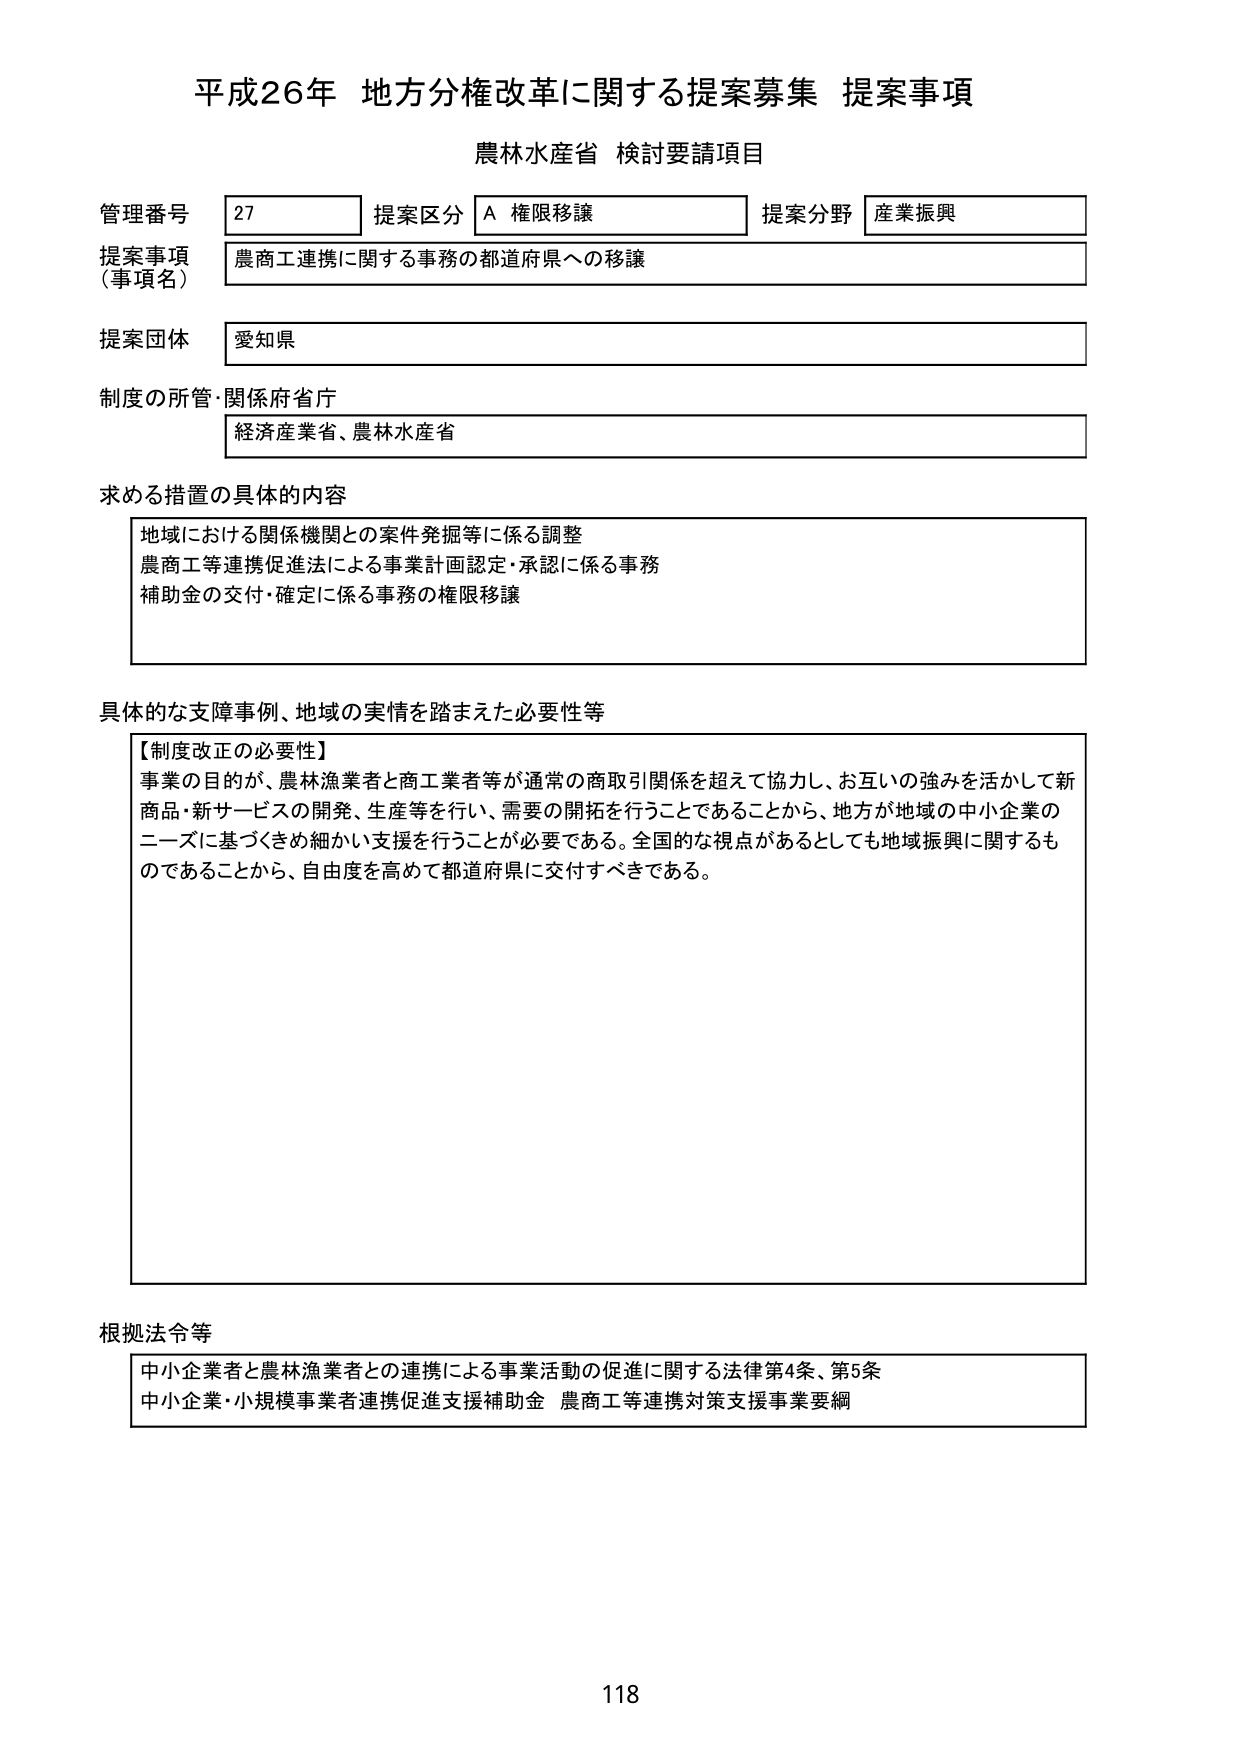
平成26年 地方分権改革に関する提案募集 提案事項
農林水産省 検討要請項目

管理番号 27 提案区分 A 権限移譲 提案分野 産業振興
提案事項（事項名） 農商工連携に関する事務の都道府県への移譲
提案団体 愛知県
制度の所管・関係府省庁 経済産業省、農林水産省

求める措置の具体的な内容
地域における関係機関との案件発掘等に係る調整
農商工等連携促進法による事業計画認定・承認に係る事務
補助金の交付・確定に係る事務の権限移譲

具体的な支障事例、地域の実情を踏まえた必要性等
【制度改正の必要性】
事業の目的が、農林漁業者と商工業者等が通常の商取引関係を超えて協力し、お互いの強みを活かして新商品・新サービスの開発、生産等を行い、需要の開拓を行うことであることから、地方が地域の中小企業のニーズに基づくきめ細かい支援を行うことが必要である。全国的な視点があるとしても地域振興に関するものであることから、自由度を高めて都道府県に交付すべきである。

根拠法令等
中小企業者と農林漁業者との連携による事業活動の促進に関する法律第4条、第5条
中小企業・小規模事業者連携促進支援補助金 農商工等連携対策支援事業要綱

118